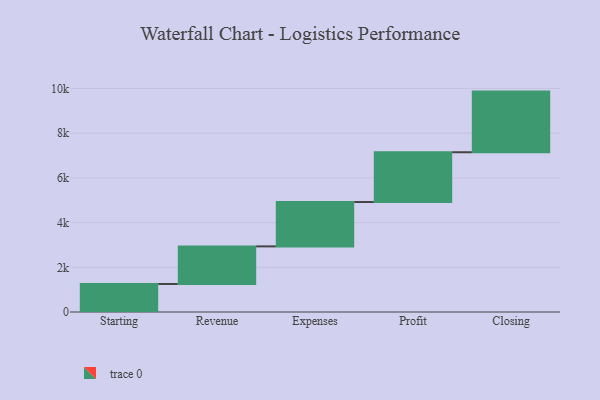
{"axis": {"x": "Step", "y": "Value"}, "legend": [""], "data": [{"x": "Starting", "y": 1254.0, "type": ""}, {"x": "Revenue", "y": 1682.0, "type": ""}, {"x": "Expenses", "y": 1984.0, "type": ""}, {"x": "Profit", "y": 2228.0, "type": ""}, {"x": "Closing", "y": 2713.0, "type": ""}]}